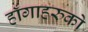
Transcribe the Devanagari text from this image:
हाँगाहरुको